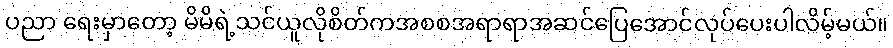
ပညာ ရေးမှာတော့ မိမိရဲ့သင်ယူလိုစိတ်ကအစစအရာရာအဆင်ပြေအောင်လုပ်ပေးပါလိမ့်မယ်။